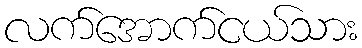
လက်အောက်ငယ်သား